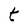
Character: t